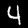
Digit: 4